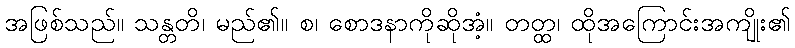
အဖြစ်သည်။ သန္တတိ၊ မည်၏။ စ၊ စောဒနာကိုဆိုအံ့။ တတ္ထ၊ ထိုအကြောင်းအကျိုး၏